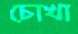
চোখা